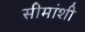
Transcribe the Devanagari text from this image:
सीमांशी